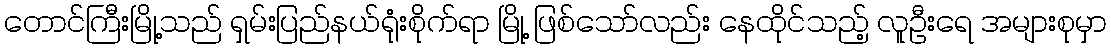
တောင်ကြီးမြို့သည် ရှမ်းပြည်နယ်ရုံးစိုက်ရာ မြို့ ဖြစ်သော်လည်း နေထိုင်သည့် လူဦးရေ အများစုမှာ